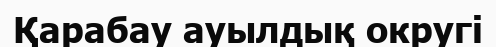
Қарабау ауылдық округі